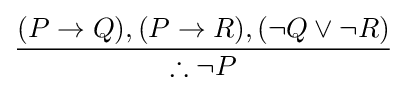
{\frac {(P\to Q),(P\to R),(\lnot Q\lor \lnot R)}{\therefore \lnot P}}